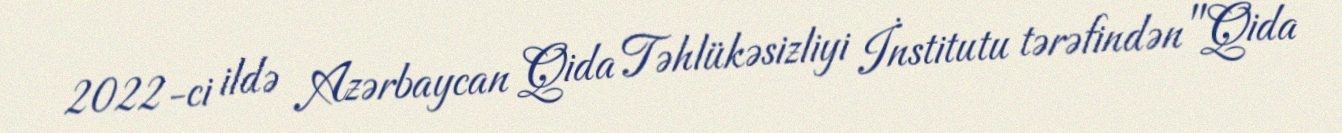
2022-ci ildə Azərbaycan Qida Təhlükəsizliyi İnstitutu tərəfindən "Qida